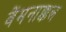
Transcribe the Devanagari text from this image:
वेंमनाक्कल